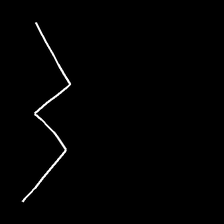
Glyph: crush